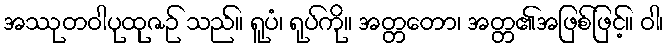
အဿုတဝါပုထုဇဉ် သည်။ ရူပံ၊ ရုပ်ကို။ အတ္တတော၊ အတ္တ၏အဖြစ်ဖြင့်။ ဝါ၊